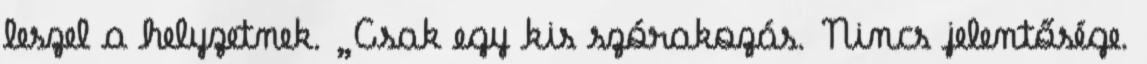
leszel a helyzetnek. „Csak egy kis szórakozás. Nincs jelentősége.